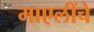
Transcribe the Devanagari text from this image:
माएलींचे